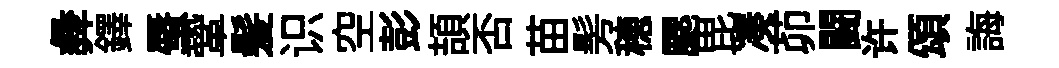
彜鐸蜃鞏髪识空彭頡否苗髣穂颸毘凑茆闘许頌誨